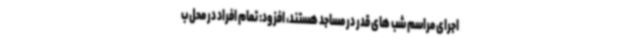
اجرای مراسم شب های قدر در مساجد هستند، افزود: تمام افراد در محل ب